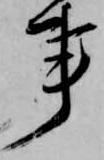
事